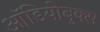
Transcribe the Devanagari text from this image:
ऑडियोबुक्स